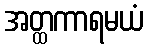
အတ္ထကာရမယံ